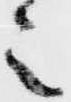
之